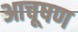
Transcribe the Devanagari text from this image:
आचूषण